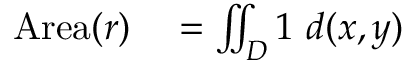
\begin{array} { r l } { \mathrm { A r e a } ( r ) } & { { } { } = \iint _ { D } 1 \ d ( x , y ) } \end{array}